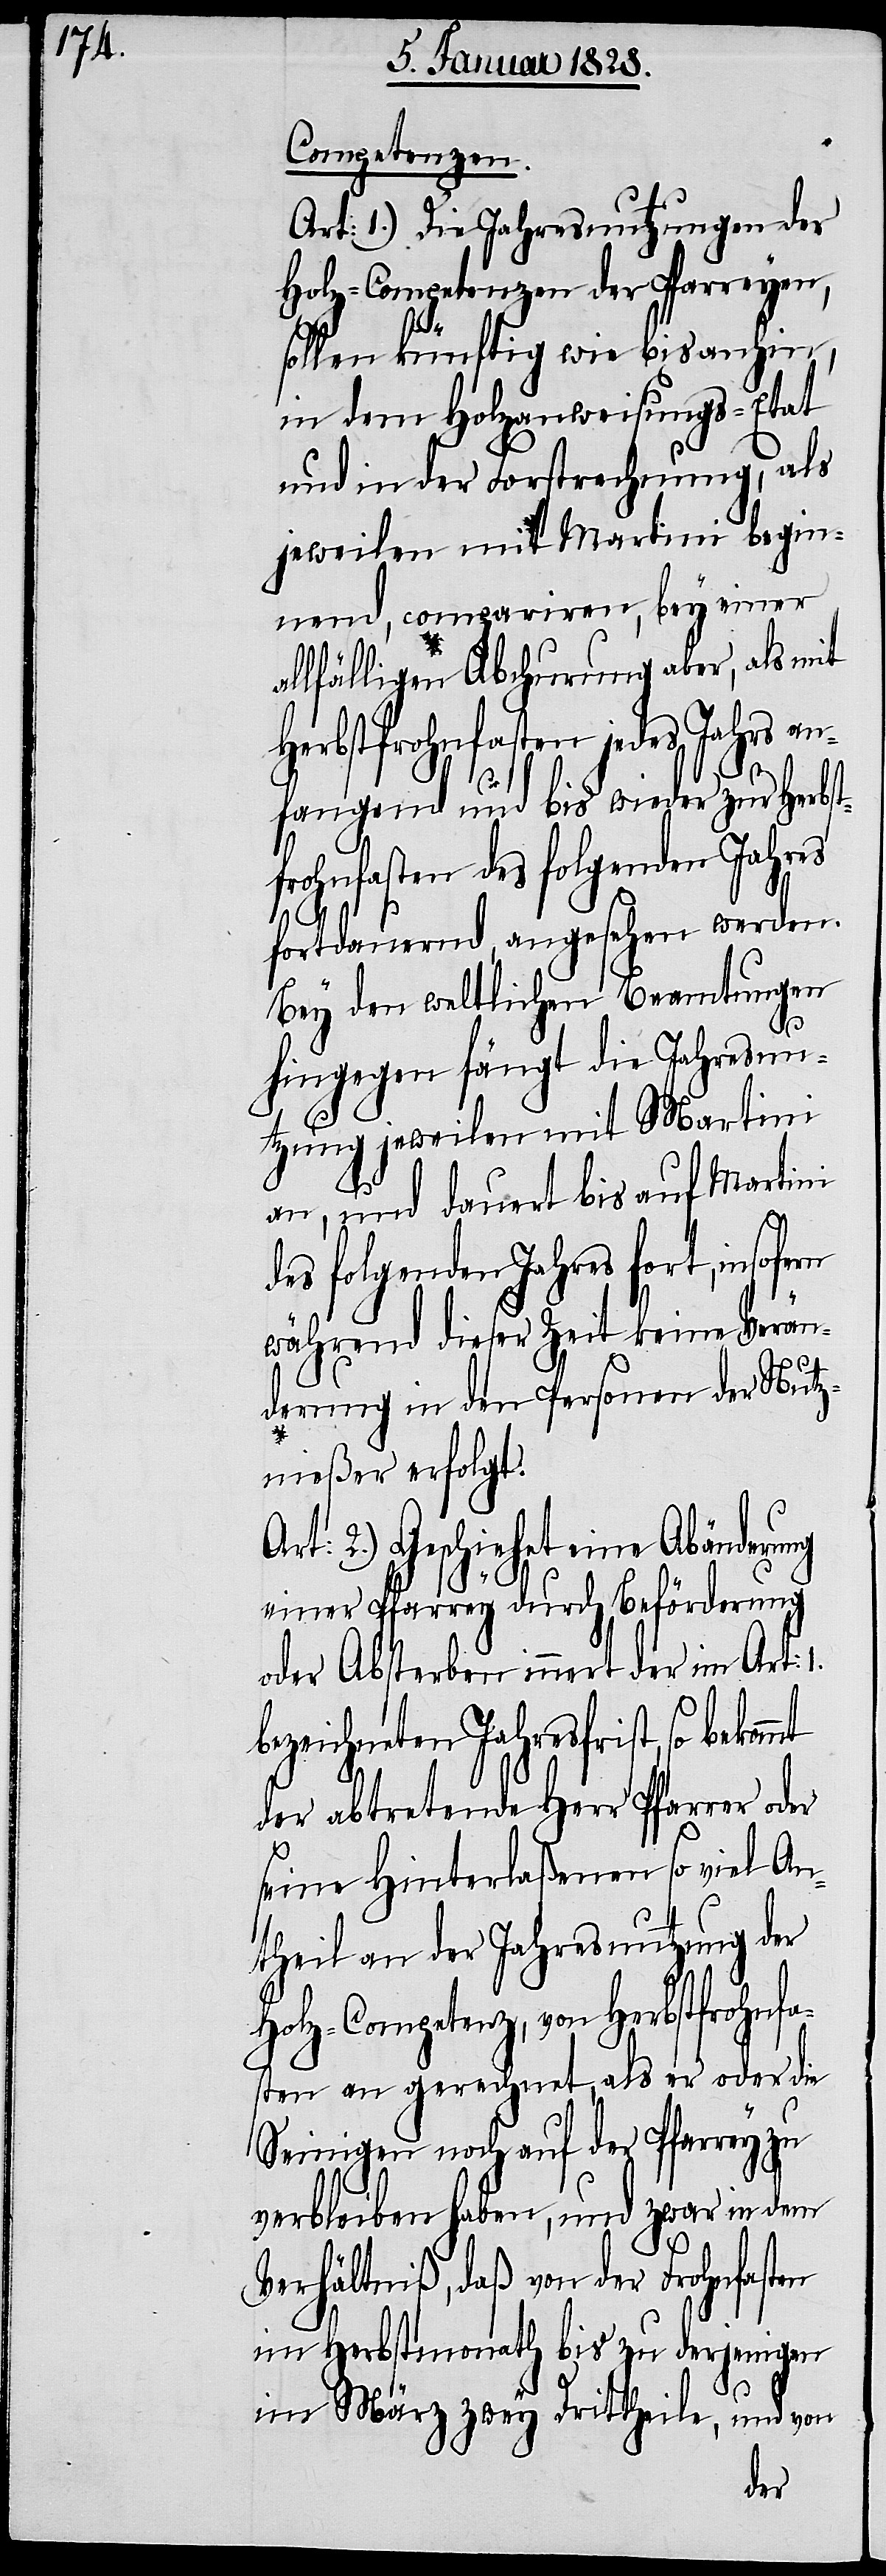
Competenzen.
Art: 1.) Die Jahresnutzungen der
Holz-Competenzen der Pfarreyen,
al¬
sollen künftig wie bis anhin,
in dem Holzanweisungs-Etat
und in der Forstrechnung, als
jeweilen mit Martini begin¬
nend, compariren, bey einer
lfälligen Abchurung aber, als mit
Herbstfrohnfasten jedes Jahrs an¬
mt
fangend und bis wieder zur Herbst¬
frohnfasten des folgenden Jahres
fortdauernd, angesehen werden.
Bey den weltlichen Beamtungen
hingegen fängt die Jahresnu¬
tzung jeweilen mit Martini
an, und dauert bis auf Martini
des folgenden Jahres fort, insofern
während dieser Zeit keine Verän¬
derung in den Personen der Nutz¬
nießer erfolgt.
Art: 2.) Geschiehet eine Abänderung
einer Pfarrey durch Beförderung
oder Absterben innert der im Art:
bezeichneten Jahresfrist, so bekom¬
der abtretende Herr Pfarrer oder
seine Hinterlaßenen so viel An¬
theil an der Jahresnutzung der
Holz-Competenz, von Herbstfrohnfa¬
sten an gerechnet, als er oder die
Seinigen noch auf der Pfarrey zu
verbleiben haben, und zwar in dem
Verhältniß, daß von der Frohnfasten
im Herbstmonath bis zu derjenigen
im März zwey Drittheile, und von